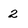
Character: 2